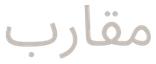
مقارب